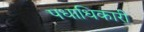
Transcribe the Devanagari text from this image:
पधाधिकारी